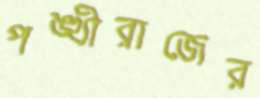
পঙ্খীরাজের